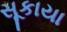
સૂકાયા